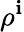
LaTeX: \rho^{\mathbf{i}}